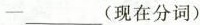
-___(现在分词)